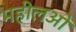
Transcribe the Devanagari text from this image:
महीलओ